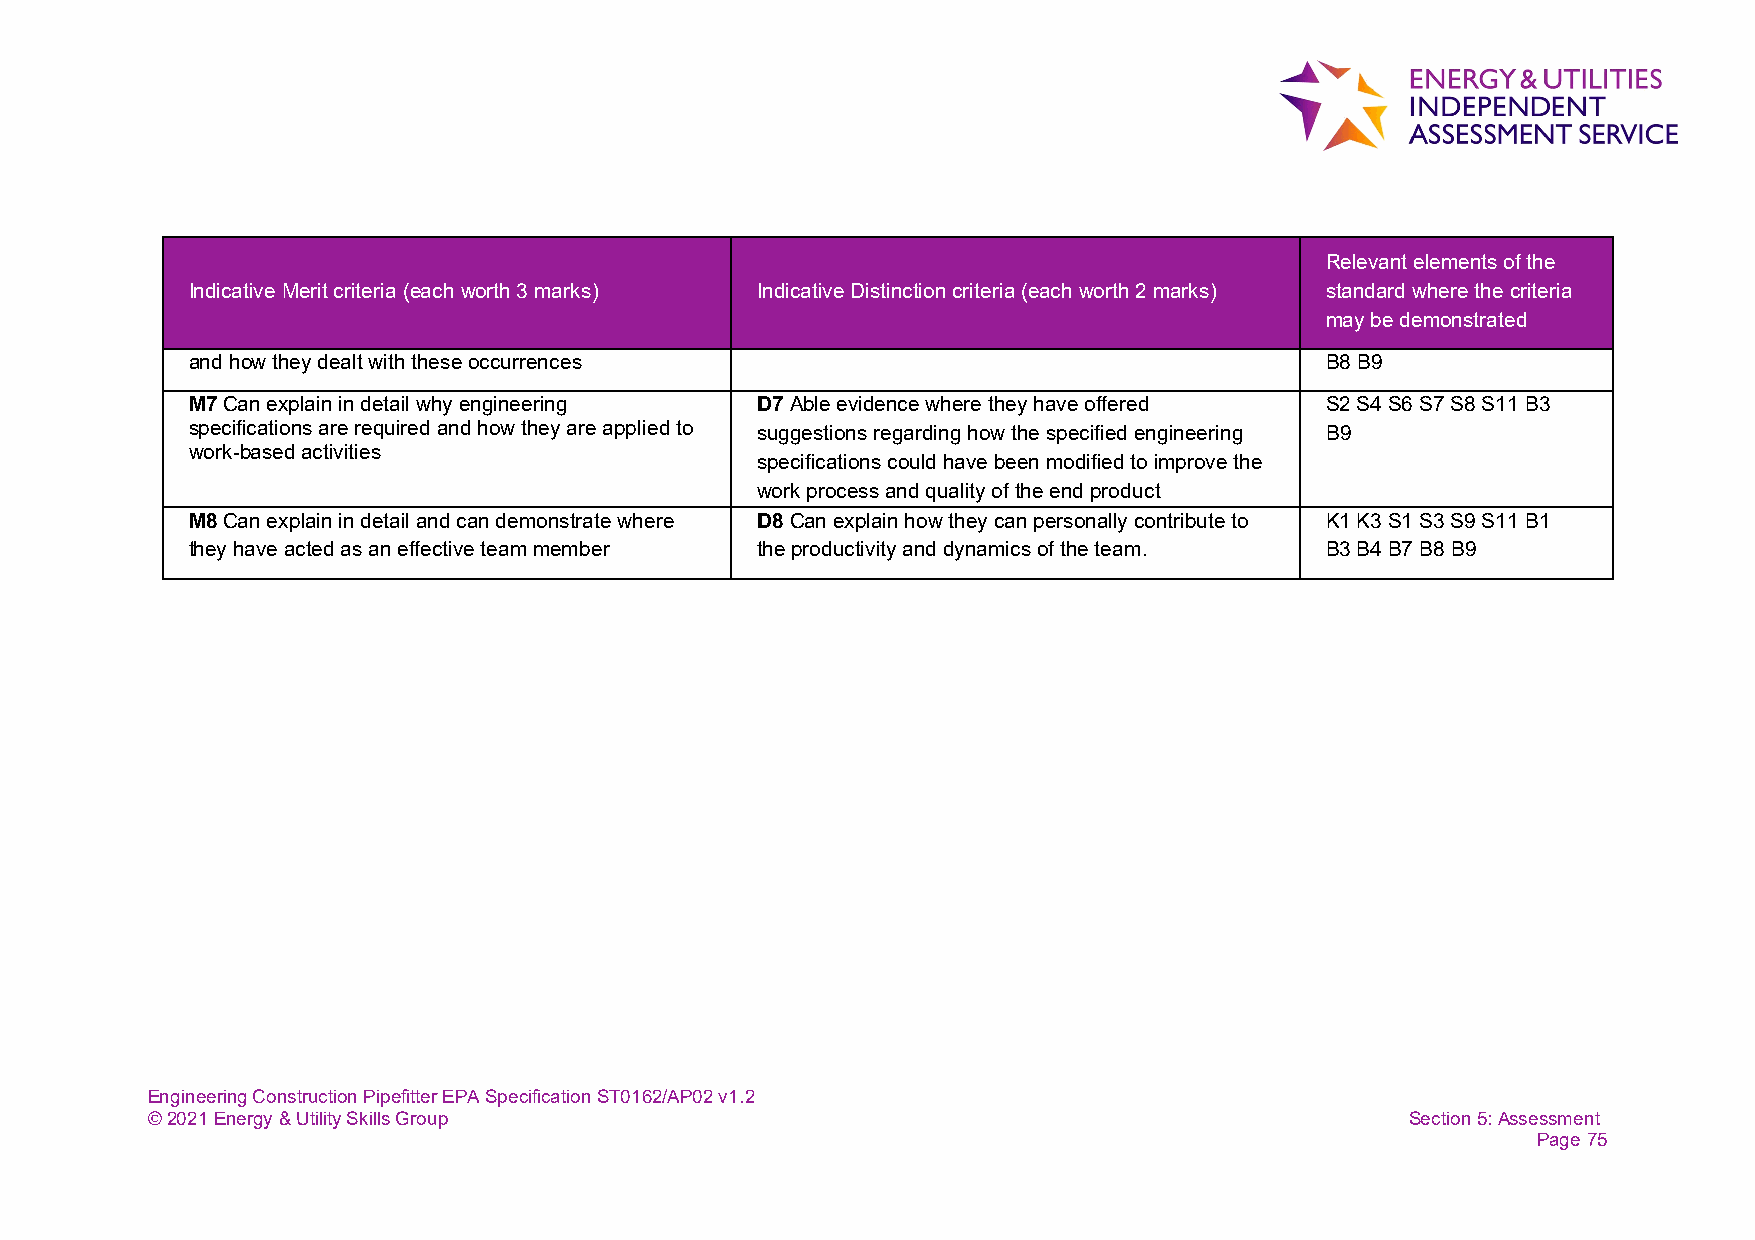
Relevant elements of the
 Indicative Merit criteria (each worth 3 marks) Indicative Distinction criteria (each worth 2 marks) standard where the criteria
 may be demonstrated
 and how they dealt with these occurrences                                   B8 B9
 M7 Can explain in detail why engineering D7 Able evidence where they have offered S2 S4 S6 S7 S8 S11 B3
 specifications are required and how they are applied to suggestions regarding how the specified engineering B9
 work-based activities
 specifications could have been modified to improve the
 work process and quality of the end product
 M8 Can explain in detail and can demonstrate where D8 Can explain how they can personally contribute to K1 K3 S1 S3 S9 S11 B1
 they have acted as an effective team member the productivity and dynamics of the team. B3 B4 B7 B8 B9
 Engineering Construction Pipefitter EPA Specification ST0162/AP02 v1.2
 © 2021 Energy & Utility Skills Group                                               Section 5: Assessment
 Page 75